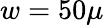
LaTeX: w=50\mu